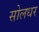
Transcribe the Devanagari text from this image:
सोलधर